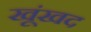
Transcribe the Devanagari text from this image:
खूंखद